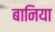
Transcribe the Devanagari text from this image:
बानिया